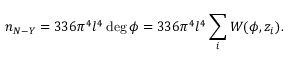
n _ { N - Y } = 3 3 6 \pi ^ { 4 } l ^ { 4 } \deg \phi = 3 3 6 \pi ^ { 4 } l ^ { 4 } \sum _ { i } W ( \phi , z _ { i } ) .